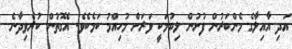
އަދި އާއިލާގެ މެންބަރުން ފުށުން ލިބުމަކީ ވަރަށް މުހިއްމު ކަމެކެވެ. އެގޮތުން ކުރެވިދާނެ